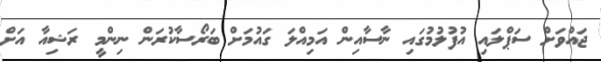
ޖައްވަށް ސަޕްލައި އުފުލުމުގައި ނާސާއިން އަމިއްލަ ގައުމަށް ބަރޯސާކުރަން ނިންމީ ރަޝިއާ އަށް